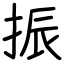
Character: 振